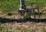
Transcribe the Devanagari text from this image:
३मी